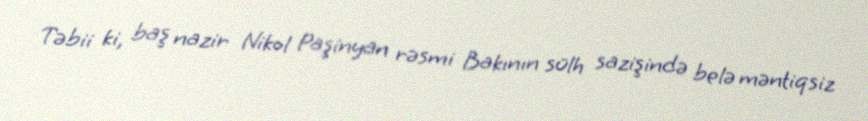
Təbii ki, baş nazir Nikol Paşinyan rəsmi Bakının sülh sazişində belə məntiqsiz